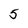
Character: 5